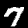
Label: 7